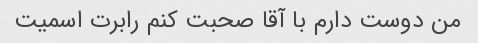
من دوست دارم با آقا صحبت کنم رابرت اسمیت